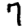
Digit: 7